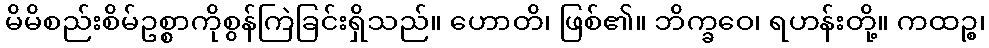
မိမိစည်းစိမ်ဥစ္စာကိုစွန်ကြဲခြင်းရှိသည်။ ဟောတိ၊ ဖြစ်၏။ ဘိက္ခဝေ၊ ရဟန်းတို့။ ကထဉ္စ၊